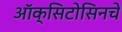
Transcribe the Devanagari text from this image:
ऑक्सिटोसिनचे